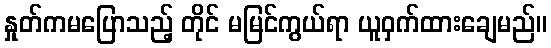
နှုတ်ကမပြောသည့် တိုင် မမြင်ကွယ်ရာ ယူဝှက်ထားချေမည်။